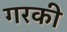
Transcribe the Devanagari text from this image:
गरकी